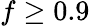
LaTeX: f\geq 0.9